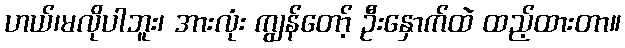
ဟယ်၊မလိုပါဘူး၊ အားလုံး ကျွန်တော့် ဦးနှောက်ထဲ ထည့်ထားတာ။